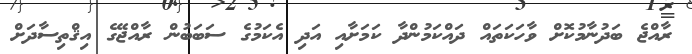
ރާއްޖެ ބަދުނާމުކޮށް ވާހަކަތައް ދައްކަމުންދާ ކަމަށާއި އަދި އެކަމުގެ ސަބަބުން ރާއްޖޭގެ އިޤްތިސާދަށް